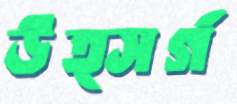
উত্সর্গ